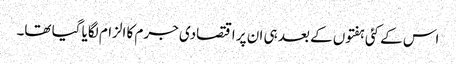
اس کے کئی ہفتوں کے بعد ہی ان پر اقتصادی جرم کا الزام لگایا گیا تھا۔